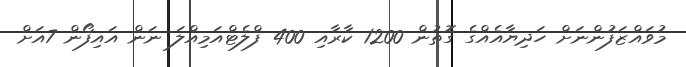
މުވައްޒަފުންނަށް ހަދިޔާއެއްގެ ގޮތުން 1200 ކާރާއި 400 ފްލެޓްއަމިއްލަ ނަން އައިފޯން 7އަށް